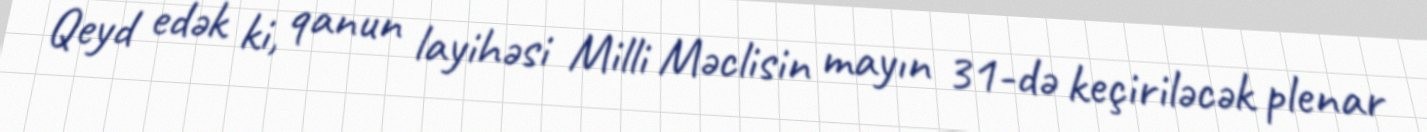
Qeyd edək ki, qanun layihəsi Milli Məclisin mayın 31-də keçiriləcək plenar